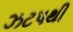
ઝટપથી